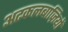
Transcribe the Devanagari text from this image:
अटकलबाज़ियों